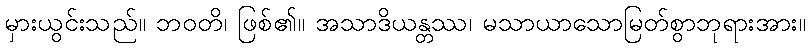
မှားယွင်းသည်။ ဘဝတိ၊ ဖြစ်၏။ အသာဒိယန္တဿ၊ မသာယာသောမြတ်စွာဘုရားအား။